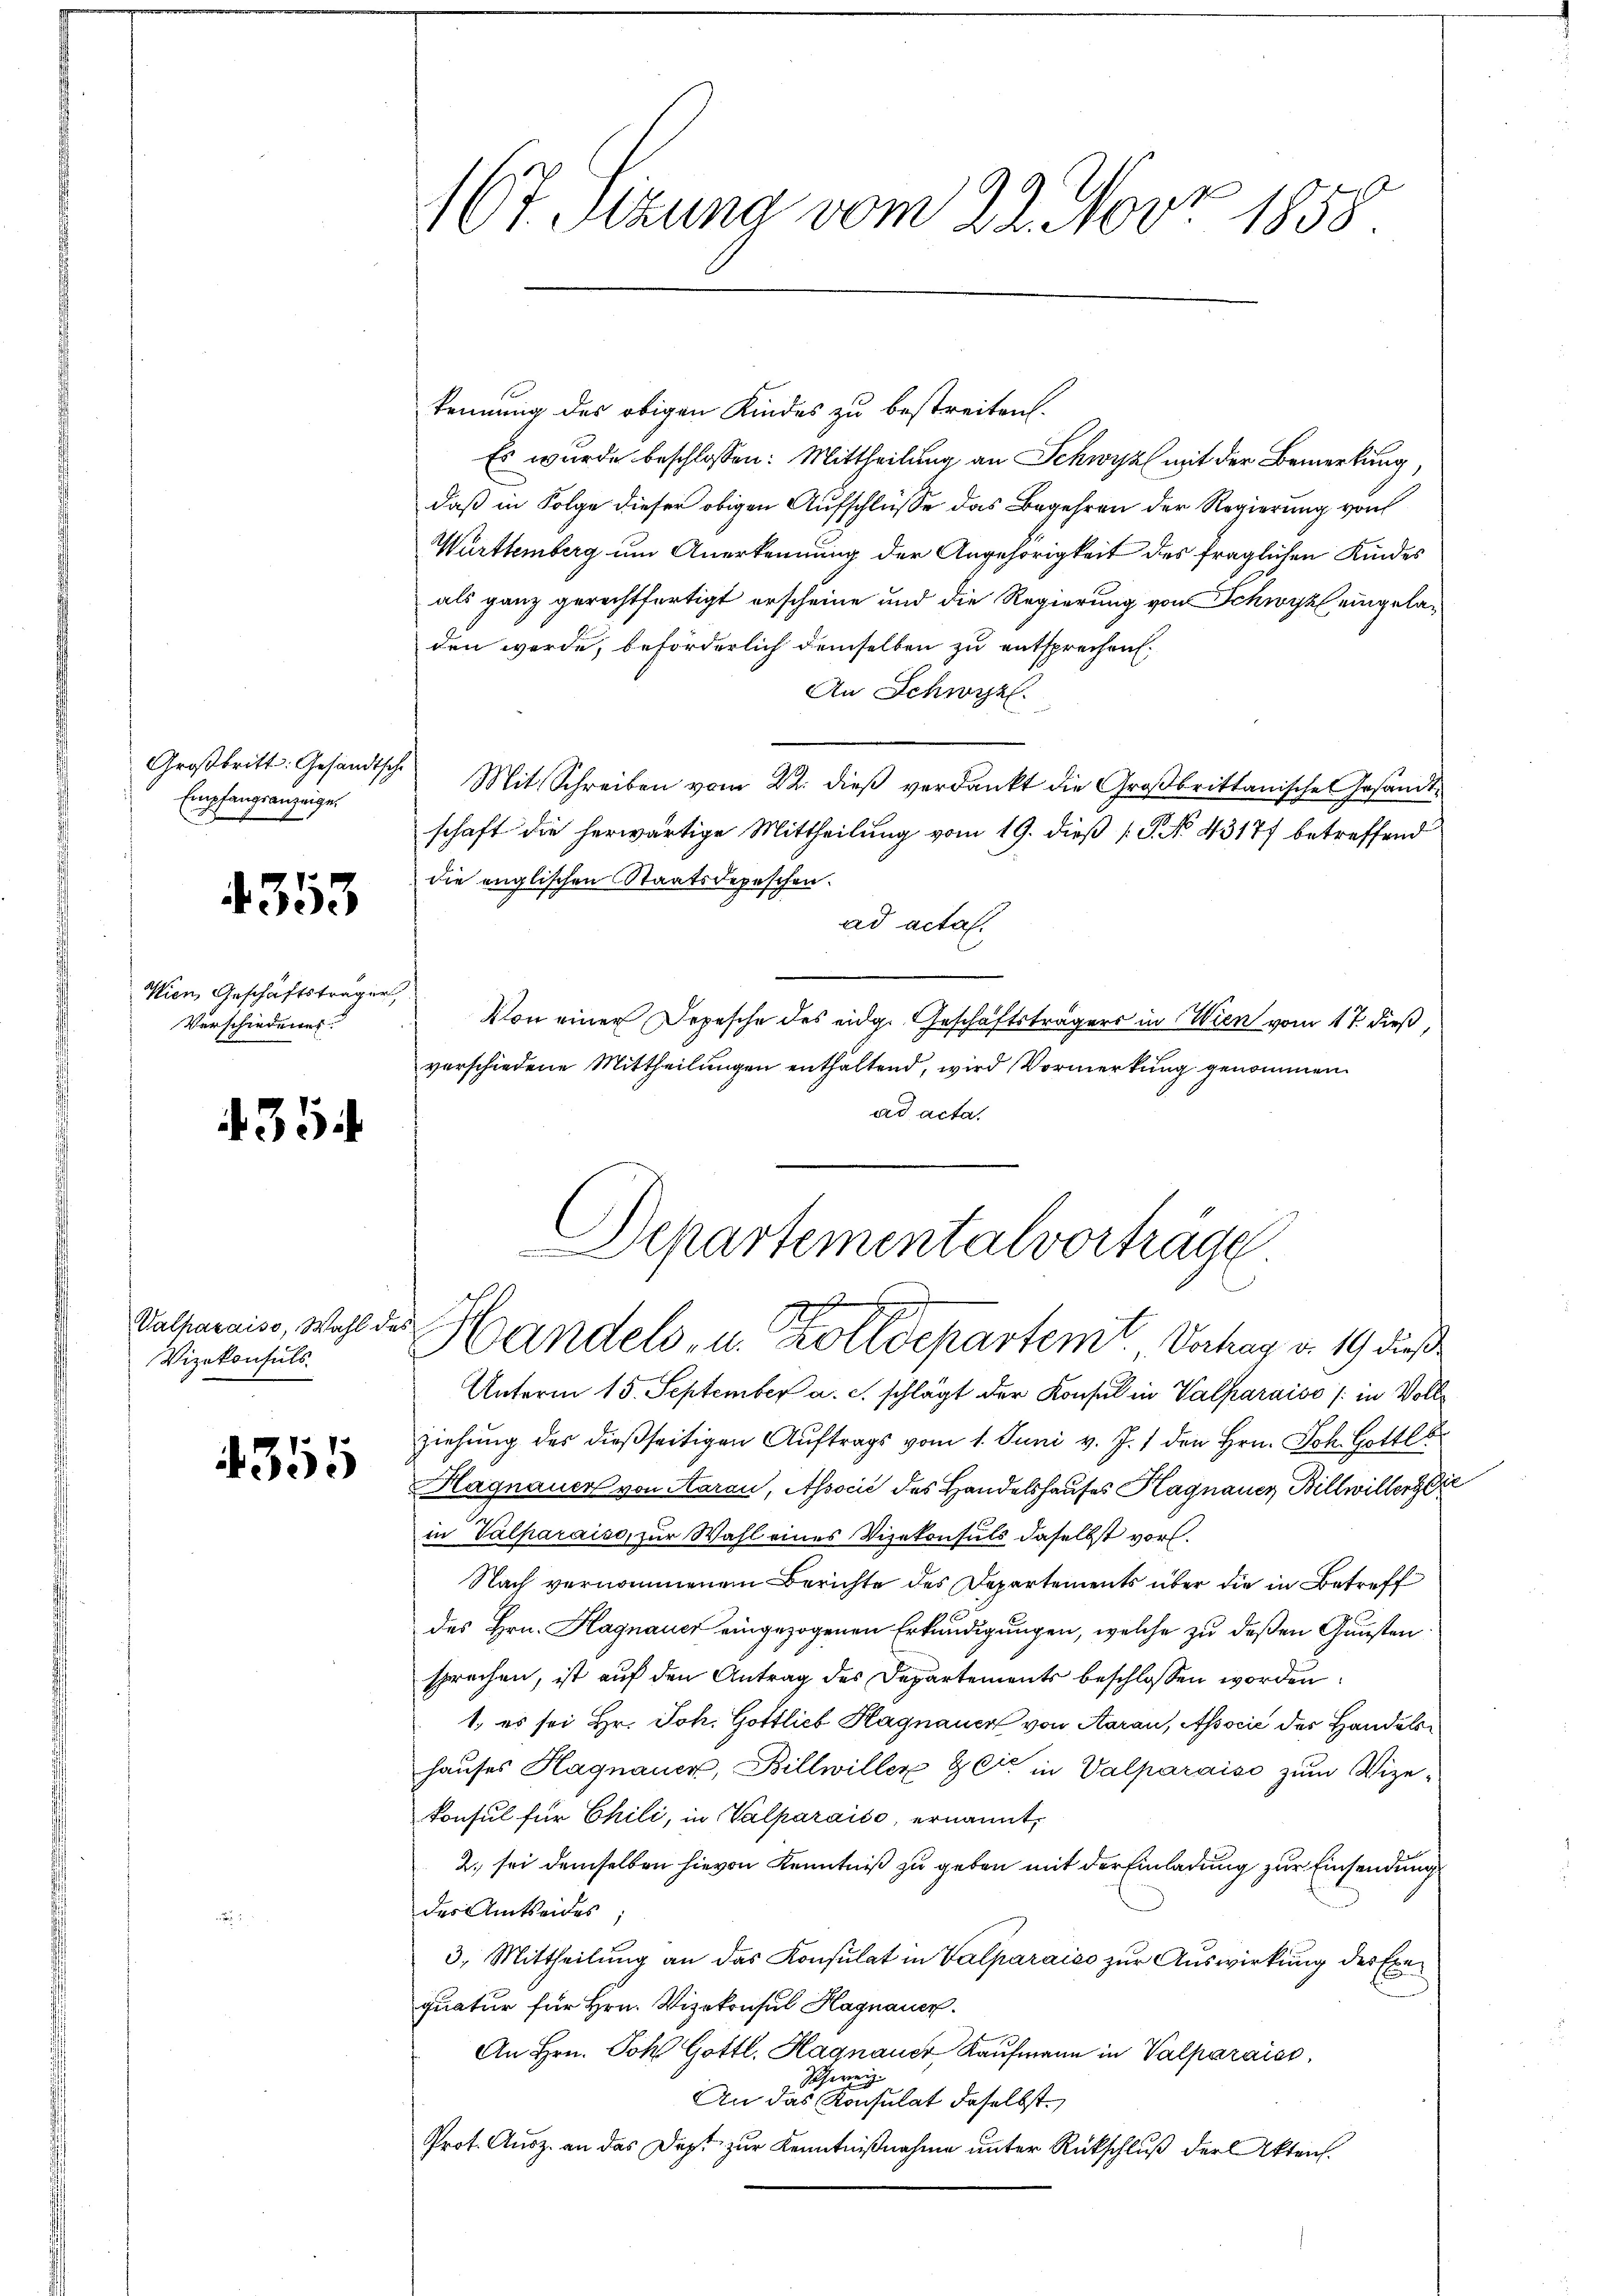
Großbritt: Gesandtsche
Empfangsanzeige.

4353

Wien Geschäftsträger,
Verschiedenes

4354

Valparaise, Wahl de
Vizekonsuls

4355

s

1
167. Sitzung vom 22. 105. 1858.

kennung des obigen Kindes zu bestreiten.
Es wurde beschlossen: Mittheilung an Schwyz mit der Bemerkung,
daß in Folge dieser obigen Aufschlüsse das Begehren der Regierung von
Württemberg um Anerkennung der Angehörigkeit des fraglichen Kindes
als ganz gerechtfertigt erscheine und die Regierung von Schwyz eingeladen werde, beförderlich demselben zu entsprechen.
An Schwyz
Mit Schreiben vom 22. dieß verdankt die Großbrittanische Gesandtschaft die herwärtige Mittheilung vom 19. dieß P. No 43177 betreffend
die englischen Staatsdepeschen.
ad acta.
Von einer Depesche des eidg. Geschäftsträgers in Wien vom 17. dieß,
verschiedene Mittheilungen enthaltend, wird Vormerkung genommen.
ad acta.
Unterm 15. September a. c. schlägt der Konsul in Valparaiso / in Vollziehung des dießseitigen Auftrags vom 1. Juni v. J. 1 den Hrn. Joh. Gottlo
Hagnauer von Aarau, Associé des Handelshauses Hagnauer Billwiller
in Valparaiso, zur Wahl eines Vizekonsuls daselbst vor.
Nach vernommenen Berichte des Departements über die in Betreff
des Hrn. Hagnauer eingezogenen Erkundigungen, welche zu deßen Gunsten
sprachen, ist auf den Antrag des Departements beschlossen worden.
1. es sei Hr. Joh. Gottlieb Hagnauer von Aarau, Associć der Handelshauses Hagnauer, Billwiller & Cie in Valparaiso zum Vize-
konsul für Chili, in Valparaise, ernannt,
2., sei demselben hievon Kenntniß zu geben mit der Einladung zur Einsendung
des Amtseides
3. Mittheilung an das Konsulat in Valparaićo zur Auswirkung der Exequatur für Hrn. Vizekonsul Hagnauer
An Hrn. Joh Gottl. Hagnauer Kaufmann in Valparaiss
Schweiz
An das Konsulat daselbst.
Prot. Ausz. an das Dest zur Kenntnißnahme unter Rückschluß der Akten.

Departementalvorträge
Handels- u. Zolldepartemt. Verhag v. 19 dieß